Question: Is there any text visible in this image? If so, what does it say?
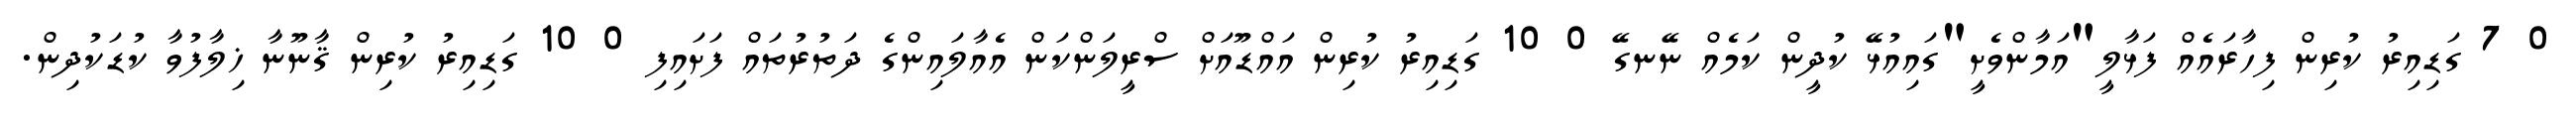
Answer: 0 7 ގަޑިއިރު ކުރިން ފިހާރައެއް ފަޅާލީ"އަމާންވެށީ"ގައިއުޅޭ ކުދީން ކަމެއް ނޭނގޭ 0 10 ގަޑިއިރު ކުރިން އައްޑޫއަށް ސްރީލަންކަން އެއާލައިންގެ ދަތުރުތައް ފަށައިފި 0 10 ގަޑިއިރު ކުރިން ޤާނޫނާ ޚިލާފުވާ ކުޑަކުދިން.